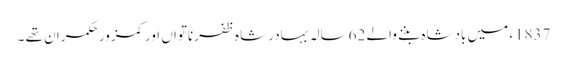
1837ء میں بادشاہ بننے والے 62سالہ بہادر شاہ ظفر ناتواں اورکمزور حکمران تھے ۔